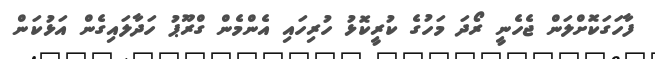
ފާހަގަކޮށްލަން ޖެހެނީ ރޯދަ މަހުގެ ކުރީކޮޅު ހުރިހައި އެންމެން ގްރޫޕު ހަދާލައިގެން އަޅުކަން